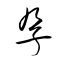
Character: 孕